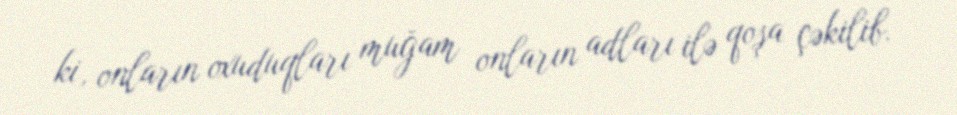
ki, onların oxuduqları muğam onların adları ilə qoşa çəkilib.